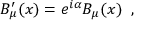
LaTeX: B _ { \mu } ^ { \prime } ( x ) = e ^ { i \alpha } B _ { \mu } ( x ) \; \; ,